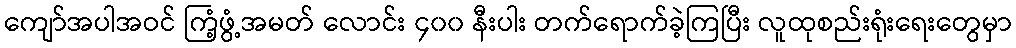
ကျော်အပါအဝင် ကြံ့ဖွံ့အမတ် လောင်း ၄၀၀ နီးပါး တက်ရောက်ခဲ့ကြပြီး လူထုစည်းရုံးရေးတွေမှာ